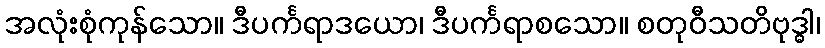
အလုံးစုံကုန်သော။ ဒီပင်္ကရာဒယော၊ ဒီပင်္ကရာစသော။ စတုဝီသတိဗုဒ္ဓါ၊